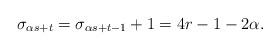
LaTeX: \begin{align*}\sigma_{\alpha s+t} = \sigma_{\alpha s+t-1} + 1 = 4r-1-2\alpha .\end{align*}